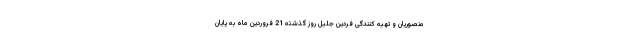
منصوریان و تهیه کنندگی فردین جلیل روز گذشته 21 فروردین ماه به پایان